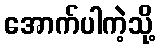
အောက်ပါကဲ့သို့